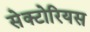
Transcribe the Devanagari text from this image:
सेक्टोरियस